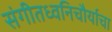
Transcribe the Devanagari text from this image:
संगीतध्वनिचौर्याचा